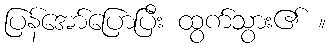
ပြန်အော်ပြောပြီး ထွက်သွား၏ ။